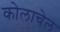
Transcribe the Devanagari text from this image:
कोलाचेल